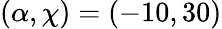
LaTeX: (\alpha,\chi)=(-10,30)